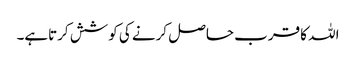
اللہ کا قرب حاصل کرنے کی کوشش کرتاہے۔